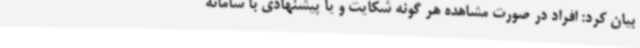
بیان کرد: افراد در صورت مشاهده هر گونه شکایت و یا پیشنهادی با سامانه